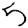
Digit: 5